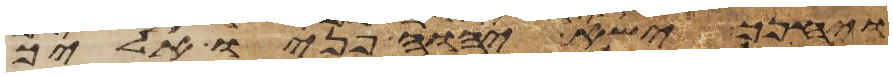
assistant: ויחנך ישא יהוה פניו אליך